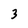
Character: 3